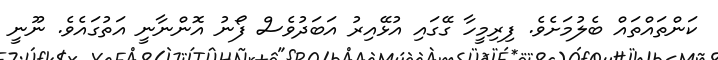
ކަންތައްތައް ބެލުމަށެވެ. ފިރިމީހާ ގޭގައި އުޅޭއިރު އަބަދުވެސް ފޯނު އޮންނާނީ އަތުގައެވެ. ނޫނީ